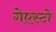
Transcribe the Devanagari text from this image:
गेएस्टो